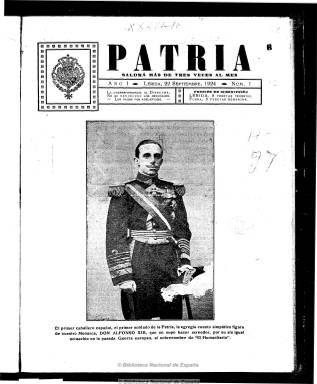
Título: Patria (Lérida)
Colección: Periódicos
Ámbito geográfico: Lérida
Lugar de publicación: Lérida
Fechas: 22/09/1924-12/04/1925

Periódico que aparece el 22 de septiembre de 1924 como órgano de Unión Patriótica, el partido oficial y único creado por la dictadura primoriverista meses antes para movilizar y adoctrinar a las masas en favor del instaurado régimen militar y en los “valores nacionalistas”. Así, en su primera entrega, en cuya primera página inserta un gran retrato de Alfonso XIII, señala que tiene “por único fin servir a la Patria, Monarquía y Religión” una religión que considera “unida” a las dos primeras, declarándose “amante de la integridad de España”, siendo la misión del partido llevar a cabo una “cruzada” en “defensa de ideales políticos”, para a continuación señalar que sus seguidores se consideran “apolíticos, pero monárquicos”.

Unión Patriótica creó la red de propaganda más sofisticada que había conocido un partido político en España, publicando un sin fin de periódicos, entre ellos los que edito en las diferentes capitales catalanas. Tal como señala el de Lérida, su objetivo será ensalzar lo que considera “beneficios” de la dictadura militar, como es, entre otros, la prohibición del canto de Los Segadors [sic] y el uso de la bandera barrada catalana, en un período en el que se había abierto un paréntesis en la prensa de carácter catalanista y republicana, que no volverá a reaparecer hasta finales de 1930 o principios de 1931.

En números de ocho páginas y compuesto a dos columnas, señala que saldrá más de tres veces al mes, aunque su periodicidad será quincenal. La mayor parte de sus contenidos son artículos doctrinales, algunos de ellos para mostrar el rechazo al sufragio universal, atacar el “separatismo” o afirmar que había que estar “con el Directorio o contra el Directorio, con España o contra España”; así como otros de propaganda y de alabanza de las políticas emprendidas por el régimen militar, como la referida al conflicto marroquí o la reforma municipal, junto a algunos comentarios y noticias de interés local. En su última página publica alguna publicidad comercial.

Su director es el periodista Francisco Fontanals Hellín, quien en ese momento es corresponsal del diario madrileño ABC (1903) y será nombrado concejal del ayuntamiento leridano a finales de febrero de 1925, de cuyo cargo dimitirá en julio del mismo año, siendo también secretario de la Asociación de la Prensa de Lérida durante el periodo primoriverista. Tras la guerra civil, dirigirá una guía gráfica de Lérida. Las firmas son escasas en este periódico, pero aparecen las de Gustavo García Fernández, Vicente Badía y Enrique Montánchez, que publicará unos poemas que, probablemente, serán los mismos que leerá ante Alfonso XIII en su visita a Cataluña. El último número de la colección corresponde al doce de abril de 1925.